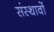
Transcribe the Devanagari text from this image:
संस्थावों